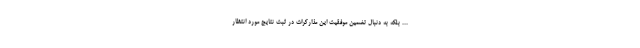
... بلکه به دنبال تضمین موفقیت این مذارکرات در ثبت نتایج مورد انتظار